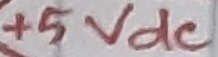
Text: +5 Vdc